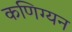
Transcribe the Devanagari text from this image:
कणिग्यन